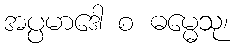
အပ္ပမာဒေါ စ ဓမ္မေသု၊